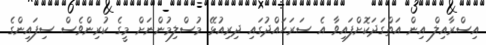
އިސްރާއިލް އިން އަތްގަދަކޮށްފައިވާ އެ ސަރަޙައްދުގައި ދިރިއުޅޭ މުސްލިމުންނަށް މީގެ ކުރިންވެސް ސިފައިންގެ